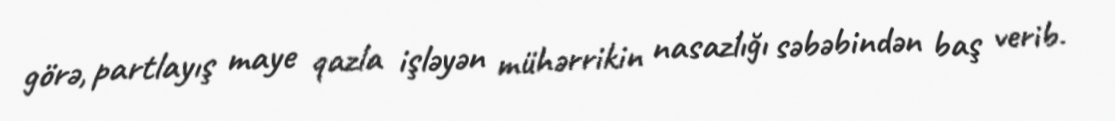
görə, partlayış maye qazla işləyən mühərrikin nasazlığı səbəbindən baş verib.